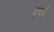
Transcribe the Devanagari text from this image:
कृदर्थ